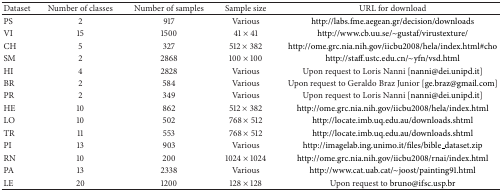
| Dataset | Number of classes | Number of samples | Sample size | URL for download |
 | --- | --- | --- | --- | --- |
 | PS | 2 | 917 | Various | http://labs.fme.aegean.gr/decision/downloads |
 | VI | 15 | 1500 | 41 × 41 | http://www.cb.uu.se/~gustaf/virustexture/ |
 | CH | 5 | 327 | 512 × 382 | http://ome.grc.nia.nih.gov/iicbu2008/hela/index.html#cho |
 | SM | 2 | 2868 | 100 × 100 | http://staff.ustc.edu.cn/~yfn/vsd.html |
 | HI | 4 | 2828 | Various | Upon request to Loris Nanni [nanni@dei.unipd.it] |
 | BR | 2 | 584 | Various | Upon request to Geraldo Braz Junior [ge.braz@gmail.com] |
 | PR | 2 | 349 | Various | Upon request to Loris Nanni [nanni@dei.unipd.it] |
 | HE | 10 | 862 | 512 × 382 | http://ome.grc.nia.nih.gov/iicbu2008/hela/index.html |
 | LO | 10 | 502 | 768 × 512 | http://locate.imb.uq.edu.au/downloads.shtml |
 | TR | 11 | 553 | 768 × 512 | http://locate.imb.uq.edu.au/downloads.shtml |
 | PI | 13 | 903 | Various | http://imagelab.ing.unimo.it/files/bible_dataset.zip |
 | RN | 10 | 200 | 1024 × 1024 | http://ome.grc.nia.nih.gov/iicbu2008/rnai/index.html |
 | PA | 13 | 2338 | Various | http://www.cat.uab.cat/~joost/painting91.html |
 | LE | 20 | 1200 | 128 × 128 | Upon request to bruno@ifsc.usp.br |